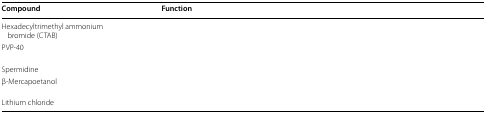
<table><thead><tr><td><b>Compound</b></td><td><b>Function</b></td></tr></thead><tbody><tr><td>Hexadecyltrimethyl ammonium bromide (CTAB)</td><td>[EMPTY_CELL]</td></tr><tr><td>PVP-40</td><td>[EMPTY_CELL]</td></tr><tr><td>Spermidine</td><td>[EMPTY_CELL]</td></tr><tr><td>β-Mercapoetanol</td><td>[EMPTY_CELL]</td></tr><tr><td>Lithium chloride</td><td>[EMPTY_CELL]</td></tr></tbody></table>